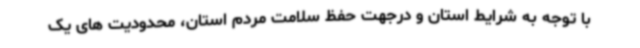
با توجه به شرایط استان و درجهت حفظ سلامت مردم استان، محدودیت های یک